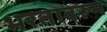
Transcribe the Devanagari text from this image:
भरतावरून